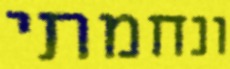
ונחמתי